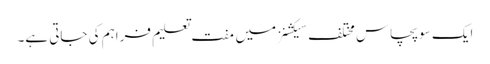
ایک سو پچاس مختلف سیکشنز میں مفت تعلیم فراہم کی جاتی ہے۔